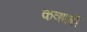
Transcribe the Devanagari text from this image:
कव्हाबी